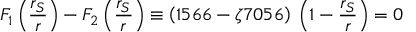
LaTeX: F _ { 1 } \left( \frac { r _ { S } } { r } \right) - F _ { 2 } \left( \frac { r _ { S } } { r } \right) \equiv \left( 1 5 6 6 - \zeta 7 0 5 6 \right) \: \left( 1 - \frac { r _ { S } } { r } \right) = 0